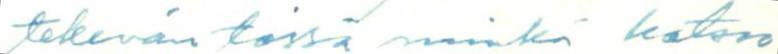
tekevän töissä minkä katsoo